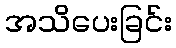
အသိပေးခြင်း